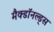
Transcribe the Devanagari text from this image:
मैक्डॉनल्ड्स